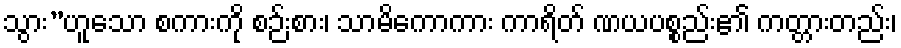
သွား”ဟူသော စကားကို စဉ်းစား၊ သာမိကောကား ကာရိတ် ဏယပစ္စည်း၏ ကတ္တားတည်း၊